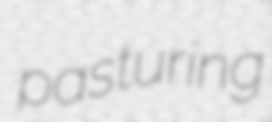
pasturing